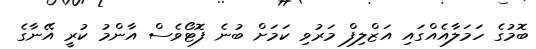
ބޮމުގެ ހަމަލާއެއްގައި އަޒްލިފް މަރުވި ކަމަށް ބުނެ ފޮޓޯވެސް އާންމު ކުރީ އޭނާގެ